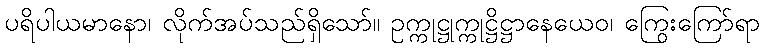
ပရိပါယမာနော၊ လိုက်အပ်သည်ရှိသော်။ ဥက္ကုဋ္ဌုက္ကုဋ္ဌိဋ္ဌာနေယေဝ၊ ကြွေးကြော်ရာ